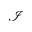
\mathcal { I }